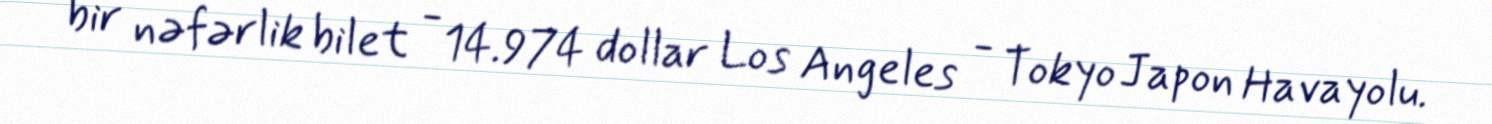
bir nəfərlik bilet - 14.974 dollar Los Angeles - Tokyo Japon Havayolu.